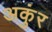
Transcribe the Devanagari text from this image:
अकुंर